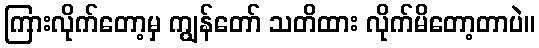
ကြားလိုက်တော့မှ ကျွန်တော် သတိထား လိုက်မိတော့တာပဲ။